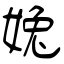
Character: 婏